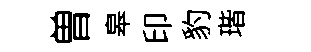
曽皋印豹瑎